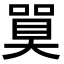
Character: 𪡼